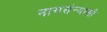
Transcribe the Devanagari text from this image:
नागसंन्यासी